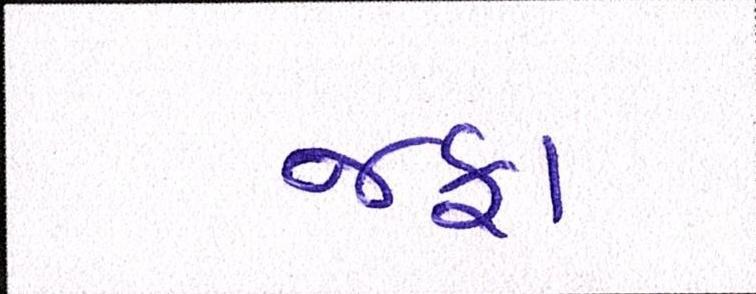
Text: જફા